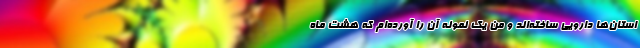
استان‌ها دارویی ساخته‌اند و من یک نمونه آن را آورده‌ام که هشت ماه